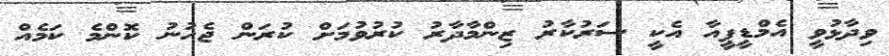
ވިދާޅުވީ އެމްޑީޕީއާ އެކީ ސަރުކާރު ޒިންމާދާރު ކުރުވުމަށް ކުރަން ޖެހުނު ކޮންމެ ކަމެއް